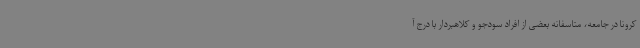
کرونا در جامعه، متاسفانه بعضی از افراد سودجو و کلاهبردار با درج آ